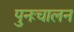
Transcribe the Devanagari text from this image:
पुनःचालन